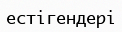
естігендері